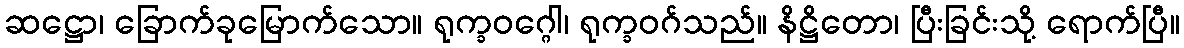
ဆဋ္ဌော၊ ခြောက်ခုမြောက်သော။ ရုက္ခဝဂ္ဂေါ၊ ရုက္ခဝဂ်သည်။ နိဋ္ဌိတော၊ ပြီးခြင်းသို့ ရောက်ပြီ။